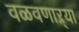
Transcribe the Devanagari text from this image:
वळवणाऱ्या